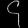
Digit: ၄